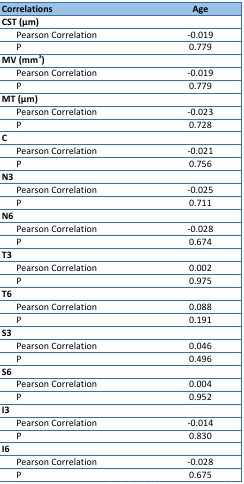
<table><thead><tr><td><b>Correlations</b></td><td colspan="2"><b>Age</b></td></tr></thead><tbody><tr><td><b>CST (</b><b>μ</b><b>m)</b></td><td colspan="2"></td></tr><tr><td>Pearson Correlation</td><td>-0.019</td></tr><tr><td>P</td><td>0.779</td></tr><tr><td><b>MV (mm</b><sup>3</sup><b>)</b></td><td></td></tr><tr><td>Pearson Correlation</td><td>-0.019</td></tr><tr><td>P</td><td>0.779</td></tr><tr><td><b>MT (</b><b>μ</b><b>m)</b></td><td></td></tr><tr><td>Pearson Correlation</td><td>-0.023</td></tr><tr><td>P</td><td>0.728</td></tr><tr><td><b>C</b></td><td></td></tr><tr><td>Pearson Correlation</td><td>-0.021</td></tr><tr><td>P</td><td>0.756</td></tr><tr><td><b>N3</b></td><td></td></tr><tr><td>Pearson Correlation</td><td>-0.025</td></tr><tr><td>P</td><td>0.711</td></tr><tr><td><b>N6</b></td><td></td></tr><tr><td>Pearson Correlation</td><td>-0.028</td></tr><tr><td>P</td><td>0.674</td></tr><tr><td><b>T3</b></td><td></td></tr><tr><td>Pearson Correlation</td><td>0.002</td></tr><tr><td>P</td><td>0.975</td></tr><tr><td><b>T6</b></td><td></td></tr><tr><td>Pearson Correlation</td><td>0.088</td></tr><tr><td>P</td><td>0.191</td></tr><tr><td><b>S3</b></td><td></td></tr><tr><td>Pearson Correlation</td><td>0.046</td></tr><tr><td>P</td><td>0.496</td></tr><tr><td><b>S6</b></td><td></td></tr><tr><td>Pearson Correlation</td><td>0.004</td></tr><tr><td>P</td><td>0.952</td></tr><tr><td><b>I3</b></td><td></td></tr><tr><td>Pearson Correlation</td><td>-0.014</td></tr><tr><td>P</td><td>0.830</td></tr><tr><td><b>I6</b></td><td></td></tr><tr><td>Pearson Correlation</td><td>-0.028</td></tr><tr><td>P</td><td>0.675</td></tr></tbody></table>